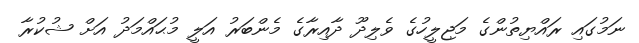
ނަމުގައި ރައްޔިތުންގެ މަޖިލީހުގެ ވެލިދޫ ދާއިރާގެ މެންބަރު އަލީ މުޙައްމަދު އަށް ޝުކުރާ